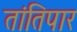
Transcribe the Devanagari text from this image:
तांतिपार